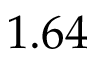
1 . 6 4